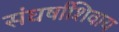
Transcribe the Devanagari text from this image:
संघर्षाशिवाय